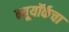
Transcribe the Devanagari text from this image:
न्यूयॉर्कचा